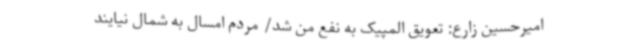
امیرحسین زارع: تعویق المپیک به نفع من شد/ مردم امسال به شمال نیایند